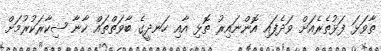
ތާވަޅަ ފަޅުތެރެއަށް ވަދެފައި އޮންނައިރު ތޮޅި އާއި ހަނދީގެ ބާވަތްތައް ކާނާ ޝިކާރަކުރުމަށް